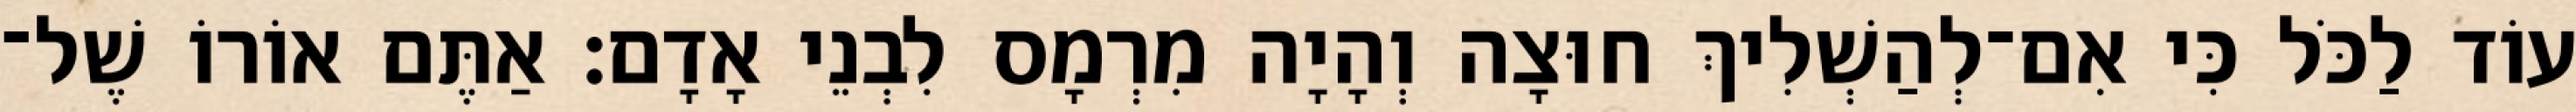
עוֹד לַכֹּל כִּי אִם־לְהַשְׁלִיךְ חוּצָה וְהָיָה מִרְמָס לִבְנֵי אָדָם׃ אַתֶּם אוֹרוֹ שֶׁל־